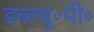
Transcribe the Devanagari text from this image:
डब्ल्यू॰पी॰